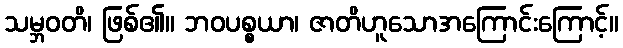
သမ္ဘဝတိ၊ ဖြစ်၏။ ဘဝပစ္စယာ၊ ဇာတိဟူသောအကြောင်းကြောင့်။